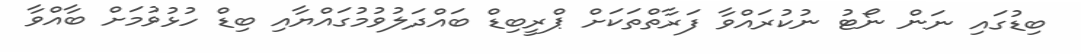
ބިޑުގައި ނަން ނޯޓު ނުކުރައްވާ ފަރާތްތަކަށް ޕްރީބިޑް ބައްދަލުވުމުގައްޔާއި ބިޑް ހުޅުވުމަށް ބާއްވާ